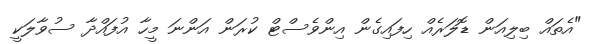
"އެތައް ބިލިއަން ޑޮލަރެއް ހިފައިގެން އިންވެސްޓް ކުރަން އަންނަ މީހާ އުފައްދާ ސުވާލަކީ